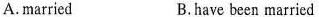
A.married B.have been married